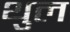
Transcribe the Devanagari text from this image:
थुल